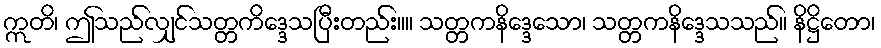
ဣတိ၊ ဤသည်လျှင်သတ္တကိဒ္ဒေသပြီးတည်း။။ သတ္တကနိဒ္ဒေသော၊ သတ္တကနိဒ္ဒေသသည်။ နိဋ္ဌိတော၊